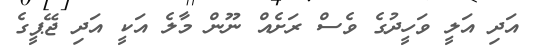
އަދި އަލީ ވަހީދުގެ ވެސް ރަށެއް ނޫން މާލެ އަކީ އަދި ޖޭޕީގެ